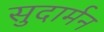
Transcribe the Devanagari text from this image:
सुदार्मन